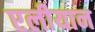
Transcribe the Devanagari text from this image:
एलीयान